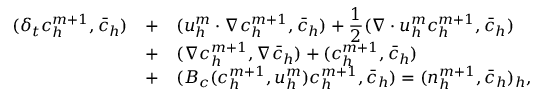
\begin{array} { r c l } { ( \delta _ { t } c _ { h } ^ { m + 1 } , \bar { c } _ { h } ) } & { + } & { \displaystyle ( { \boldsymbol u } _ { h } ^ { m } \cdot \nabla c _ { h } ^ { m + 1 } , \bar { c } _ { h } ) + \frac { 1 } { 2 } ( \nabla \cdot { \boldsymbol u } _ { h } ^ { m } c _ { h } ^ { m + 1 } , \bar { c } _ { h } ) } \\ & { + } & { ( \nabla c _ { h } ^ { m + 1 } , \nabla \bar { c } _ { h } ) + ( c _ { h } ^ { m + 1 } , \bar { c } _ { h } ) } \\ & { + } & { ( B _ { c } ( c _ { h } ^ { m + 1 } , { \boldsymbol u } _ { h } ^ { m } ) c _ { h } ^ { m + 1 } , \bar { c } _ { h } ) = ( n _ { h } ^ { m + 1 } , \bar { c } _ { h } ) _ { h } , } \end{array}